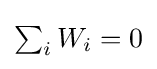
{\textstyle \sum _{i}W_{i}=0}